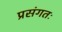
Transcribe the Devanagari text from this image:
प्रसंगतः